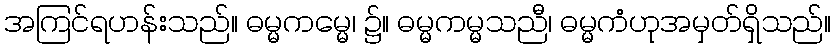
အကြင်ရဟန်းသည်။ ဓမ္မကမ္မေ၊ ၌။ ဓမ္မကမ္မသညီ၊ ဓမ္မကံဟုအမှတ်ရှိသည်။